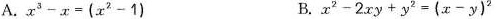
A.$$x^{3}-x=(x^{2}-1)$$ B.$$x^{2}-2xy+y^{2}=(x-y)^{2}$$